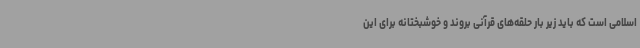
اسلامی است که باید زیر بار حلقه‌های قرآنی بروند و خوشبختانه برای این